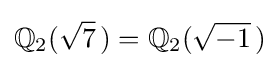
\mathbb {Q} _{2}({\sqrt {7}}\,)=\mathbb {Q} _{2}({\sqrt {-1}}\,)